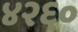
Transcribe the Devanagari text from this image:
४२६०